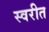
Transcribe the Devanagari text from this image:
स्वरीत